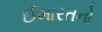
ઈમારતનો